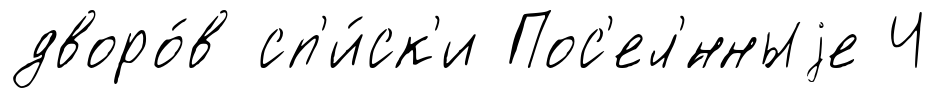
дворо́в сп'и́ск'и Пос'ел'́нныjе Ч